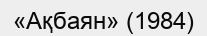
«Ақбаян» (1984)